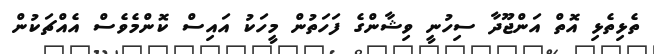
ތެޅިތެޅި އޮތް އަންޖޫދާ ސިހުނީ ވިޝާންގެ ފަހަތުން މީހަކު އައިސް ކޮންމެވެސް އެއްޗަކުން